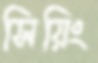
সিয়িং